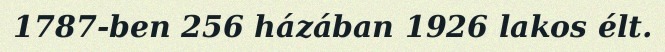
1787-ben 256 házában 1926 lakos élt.